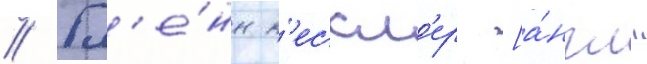
// Гл'е́нн к'ессл'ер [а́нгл.